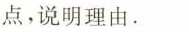
点，说明理由。